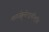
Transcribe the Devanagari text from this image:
मातर्जह्नुनरेन्द्रनन्दिनि